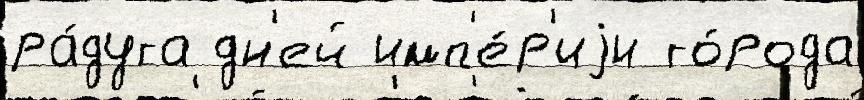
ра́дуга дн'ей имп'е́р'иjи го́рода